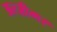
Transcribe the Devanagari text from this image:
अल्ज़ीमर